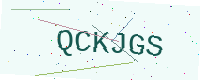
Text: QCKJGS